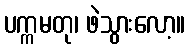
ပက္ကမတု၊ ဖဲသွားလော့။